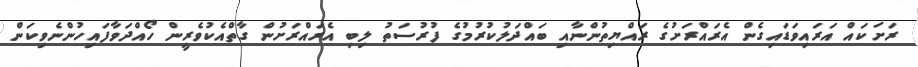
ރަށަކައް އަރައިވަޑައިގެން އެރައްރަށުގެ ރައްޔިތުންނާއި ބައްދަލުކުރުމުގެ ފުރުސަތު ލިބި އެރައްރަށުން ގާތްއެކުވެރީން ހޯއްދަވާފައިހުންނެވިކަން